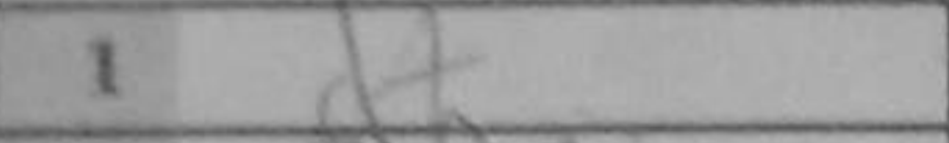
Transcription: d4